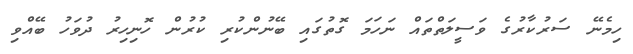
ހިމެނޭ ސަރުކާރުގެ ވަސީލަތްތައް ނަހަމަ ގޮތުގައި ބޭނުންކުރި ކުރުން ހޮނިހިރު ދުވަހު ބޭއްވި